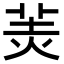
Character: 𦍚